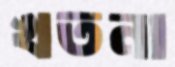
খতনা